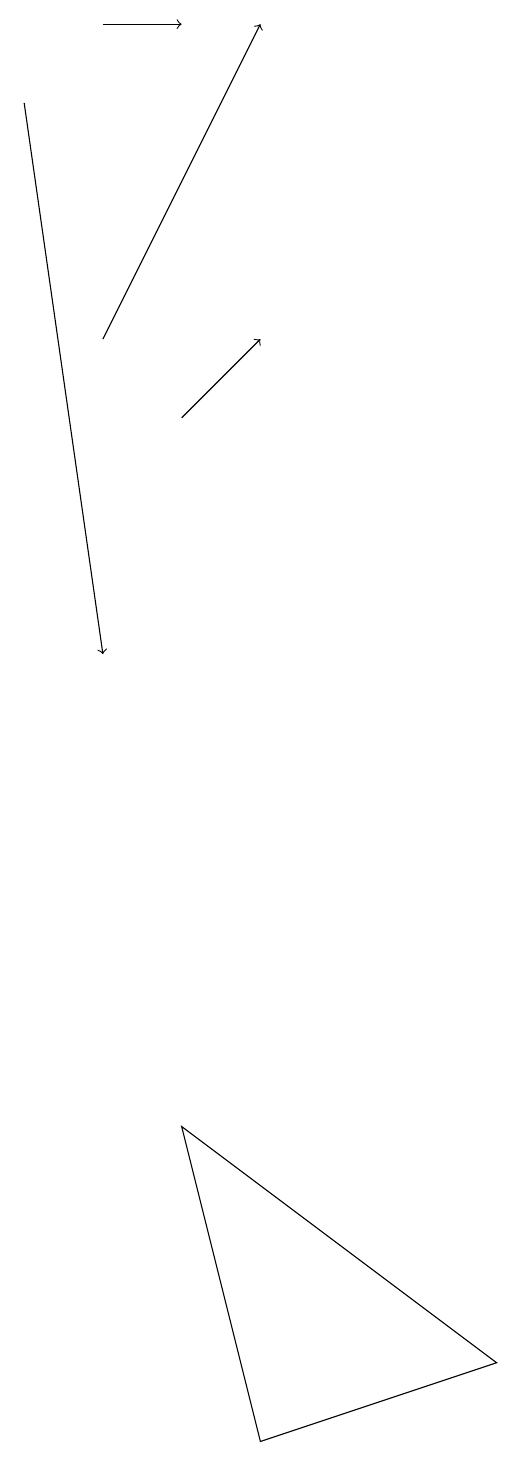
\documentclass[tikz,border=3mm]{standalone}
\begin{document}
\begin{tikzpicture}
\draw[->] (1,18) -- (2,18);
\draw[->] (1,14) -- (3,18);
\draw[->] (2,13) -- (3,14);
\draw (6,1) -- (3,0) -- (2,4) -- cycle;
\draw[->] (0,17) -- (1,10);
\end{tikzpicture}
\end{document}